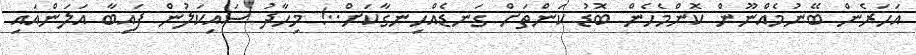
އަހަރެން ބޭނުމެއްނޫން ކޮންމެހެން ބޮޑު ކަންތަށް ގަނޑެއްހިނގާކަށް..! މިހާދު ސައިކަލުން ފައިބާ އަލަންއައި